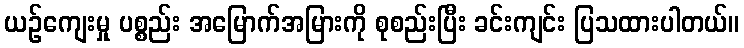
ယဉ်ကျေးမှု ပစ္စည်း အမြောက်အမြားကို စုစည်းပြီး ခင်းကျင်း ပြသထားပါတယ်။